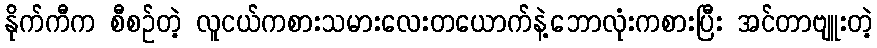
နိုက်ကီက စီစဉ်တဲ့ လူငယ်ကစားသမားလေးတယောက်နဲ့ဘောလုံးကစားပြီး အင်တာဗျူးတဲ့